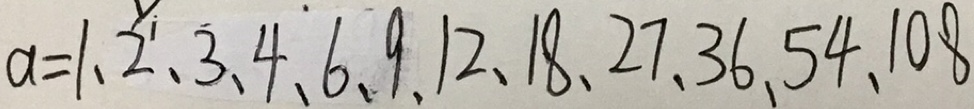
a = 1 、 2 、 3 、 4 、 6 、 9 、 1 2 、 1 8 、 2 7 、 3 6 、 5 4 、 1 0 8